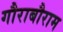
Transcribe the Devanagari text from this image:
गौराबौराम